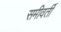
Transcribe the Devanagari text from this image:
समीवर्ती